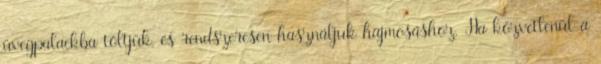
üvegpalackba töltjük, és rendszeresen használjuk hajmosáshoz. Ha közvetlenül a